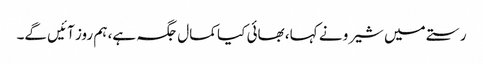
رستے میں شیرو نے کہا، بھائی کیا کمال جگہ ہے، ہم روز آئیں گے۔